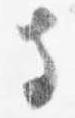
寺